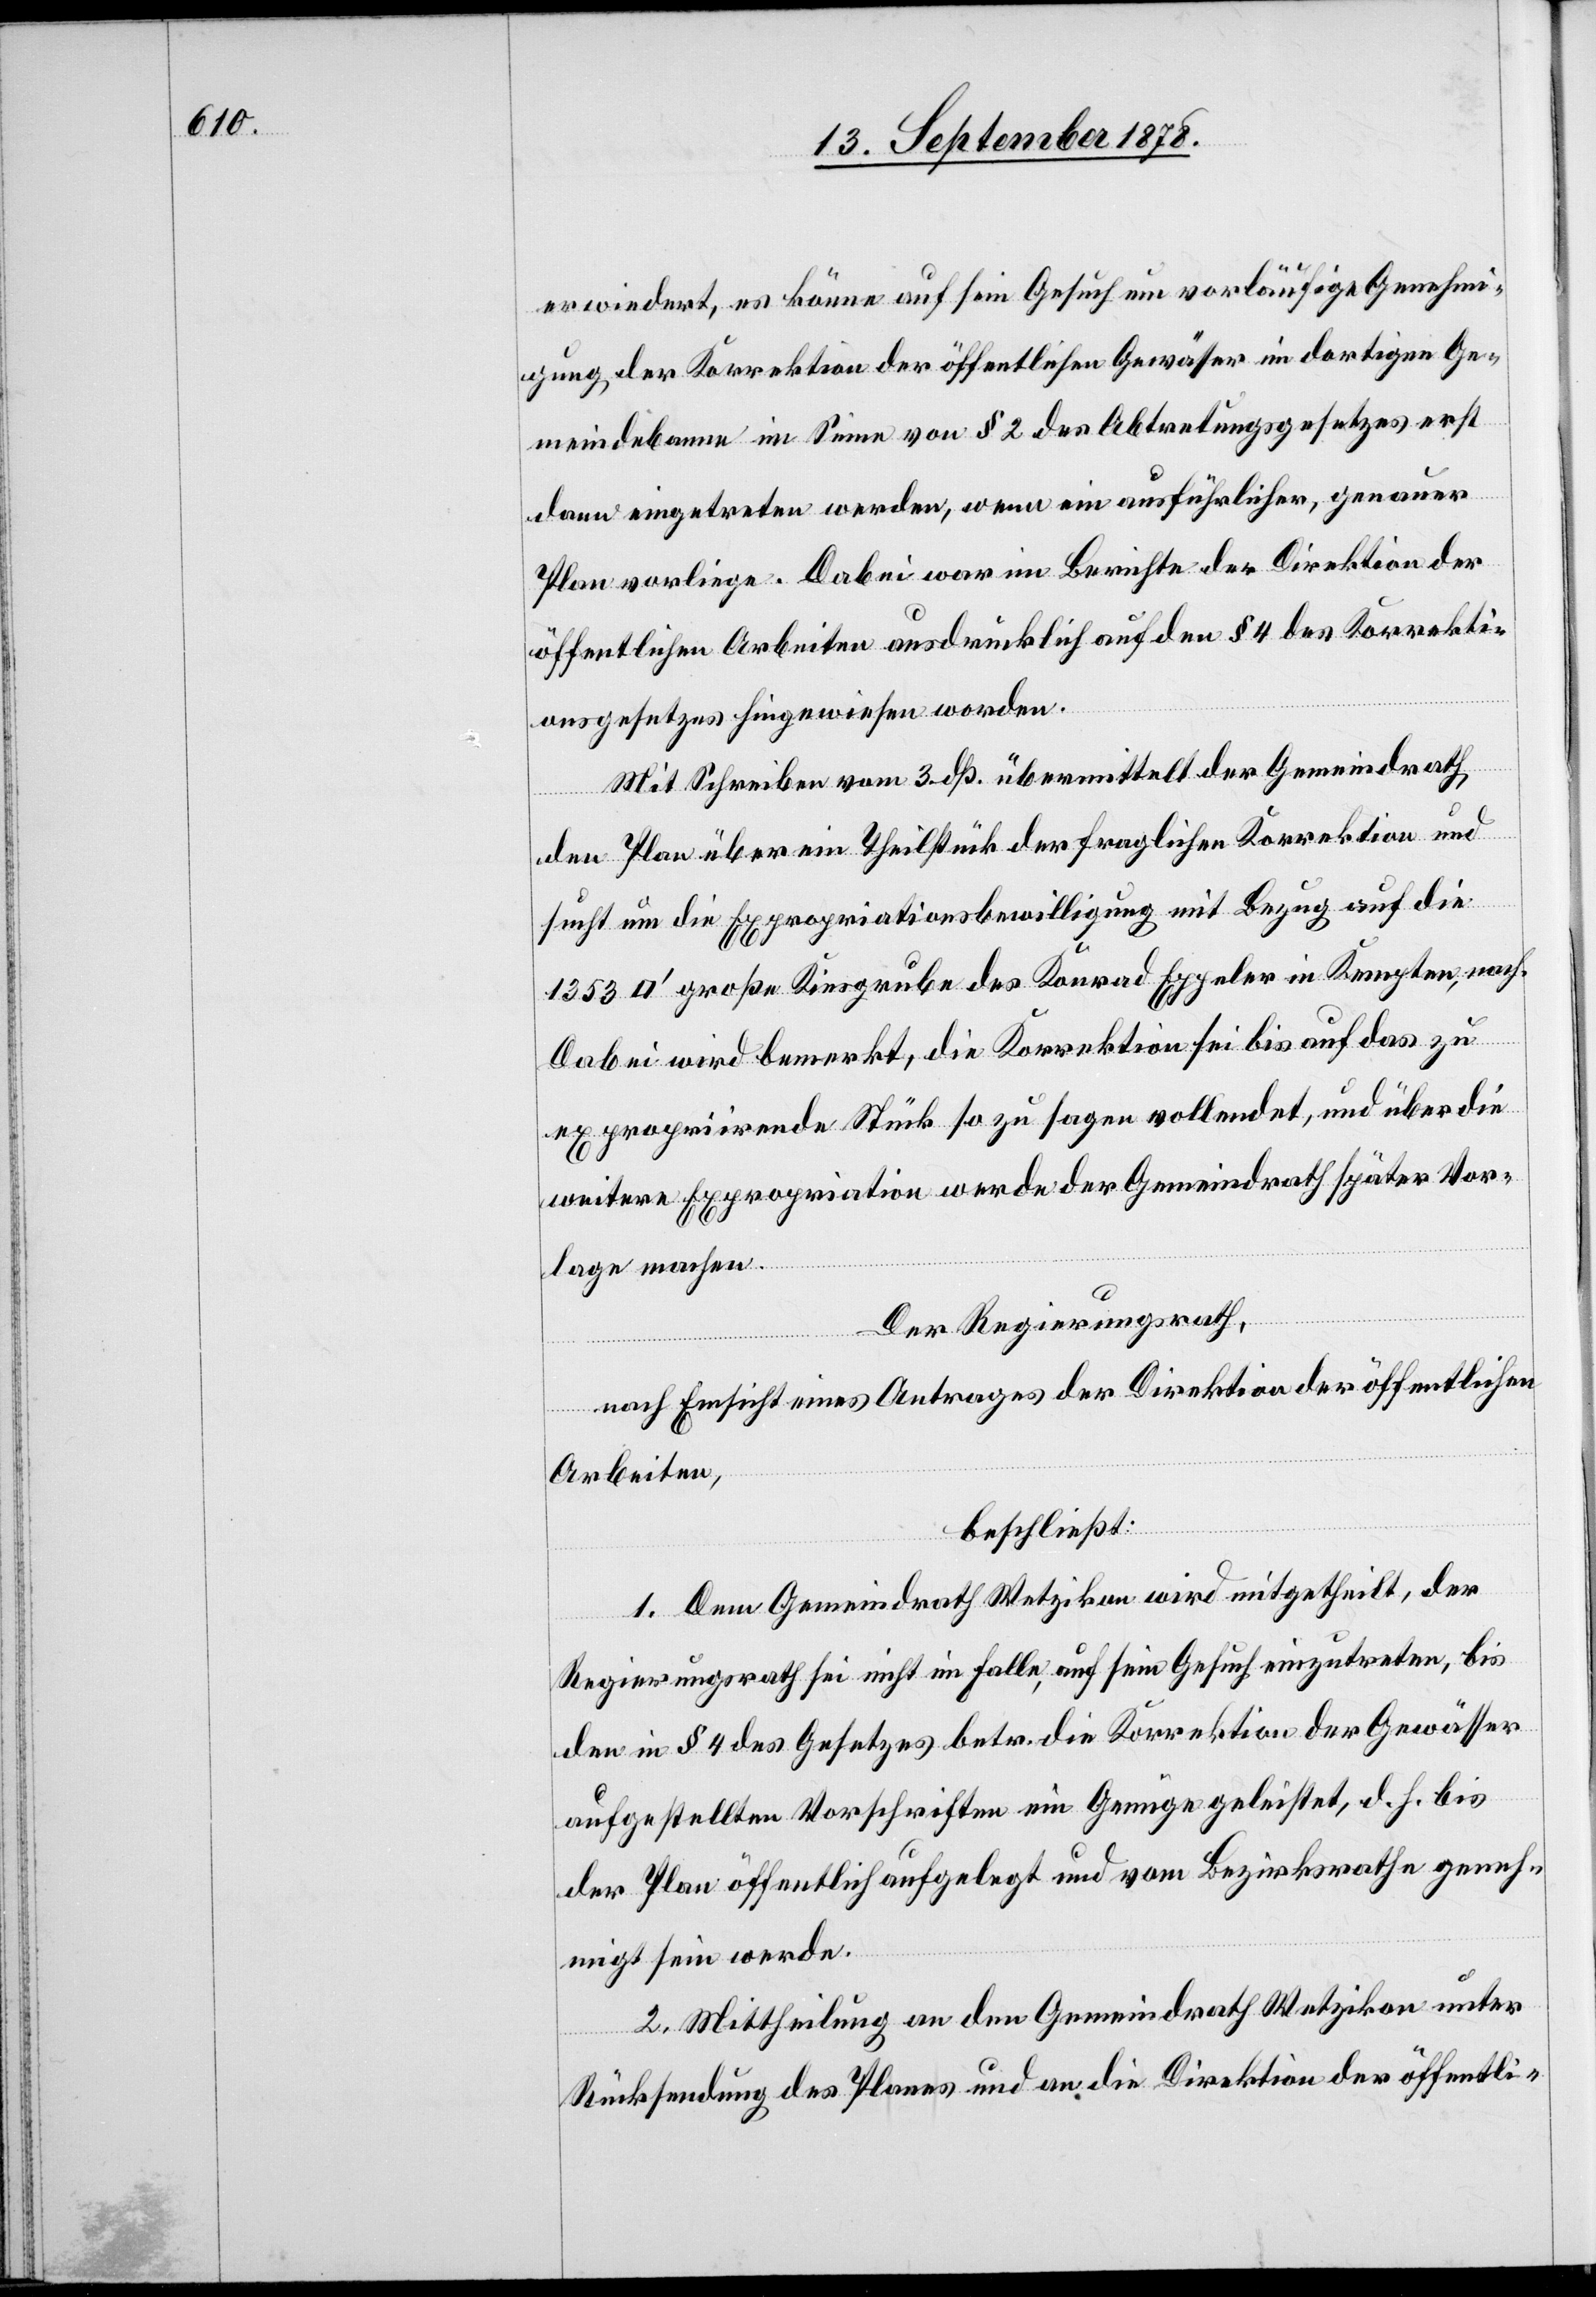
erwiedert, es könne auf sein Gesuch um vorläufige Genehmi¬
gung der Korrektion der öffentlichen Gewässer im dortigen Ge¬
meindebanne im Sinne von § 2 des Abtretungsgesetzes erst
dann eingetreten werden, wenn ein ausführlicher, genauer
Plan vorliege. Dabei war im Berichte der Direktion der
öffentlichen Arbeiten ausdrücklich auf den § 4 des Korrekti¬
onsgesetzes hingewiesen worden.
Mit Schreiben vom 3. dß. übermittelt der Gemeindrath
den Plan über ein Theilstück der fraglichen Korrektion und
sucht um die Expropriationsbewilligung mit Bezug auf die
fuss] große Kiesgrube des Konrad Eppeler in Kempten, nach.
Dabei wird bemerkt, die Korrektion sei bis auf das zu
expropriirende Stück so zu sagen vollendet, und über die
weitere Expropriation werde der Gemeindrath später Vor¬
lage machen.
Der Regierungsrath,
[Quadrat¬
nach Einsicht eines Antrages der Direktion der öffentlichen
Arbeiten,
beschließt:
1. Dem Gemeindrath Wetzikon wird mitgetheilt, der
Regierungsrath sei nicht im Falle, auf sein Gesuch einzutreten, bis
den in § 4 des Gesetzes betr. die Korrektion der Gewässer
aufgestellten Vorschriften ein Genüge geleistet, d. h. bis
der Plan öffentlich aufgelegt und vom Bezirksrathe geneh¬
migt sein werde.
2. Mittheilung an den Gemeindrath Wetzikon unter
Rücksendung des Planes und an die Direktion der öffentli-